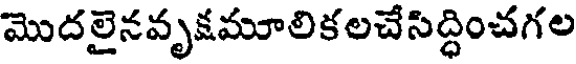
మొదలైనవృక్షమూలికలచేసిద్ధించగల